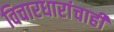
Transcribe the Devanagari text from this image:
विचारधारांचाही